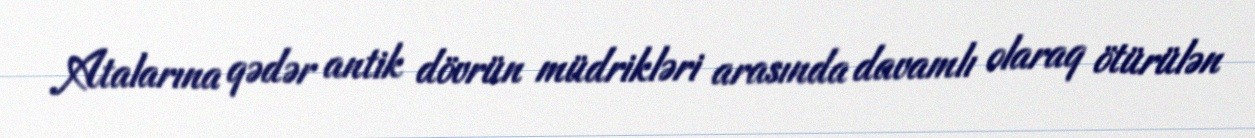
Atalarına qədər antik dövrün müdrikləri arasında davamlı olaraq ötürülən